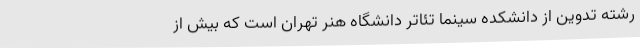
رشته تدوين از دانشكده سينما تئاتر دانشگاه هنر تهران است که بیش از